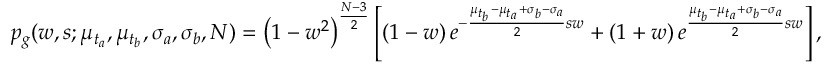
p _ { g } ( w , s ; \mu _ { t _ { a } } , \mu _ { t _ { b } } , \sigma _ { a } , \sigma _ { b } , N ) = \left( 1 - w ^ { 2 } \right) ^ { \frac { N - 3 } { 2 } } \left[ \left( 1 - w \right) e ^ { - \frac { \mu _ { t _ { b } } - \mu _ { t _ { a } } + \sigma _ { b } - \sigma _ { a } } { 2 } s w } + \left( 1 + w \right) e ^ { \frac { \mu _ { t _ { b } } - \mu _ { t _ { a } } + \sigma _ { b } - \sigma _ { a } } { 2 } s w } \right] ,